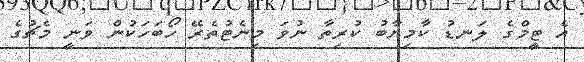
އެ ޓީމްގެ ލަނޑު ކާމިޔާބު ކުރިތާ ނުވަ މިނެޓުތެރޭ ހޯބަހަކުން ވަނީ މެޗުގެ